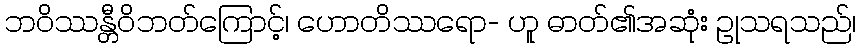
ဘဝိဿန္တီဝိဘတ်ကြောင့်၊ ဟောတိဿရော- ဟူ ဓာတ်၏အဆုံး ဥုသရသည်၊